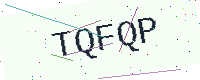
Text: TQFQP